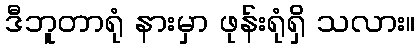
ဒီဘူတာရုံ နားမှာ ဖုန်းရုံရှိ သလား။